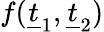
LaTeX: f(\underline{{t}}_{1},\underline{{t}}_{2})